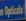
opticals